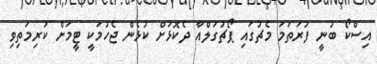
އިސްކޯ ބުނީ ފުރަތަމަ މެޗުގައި ޕޯޗުގަލްއާ ދެކޮޅަށް ކުޅެން ޖެހުމަކީ ޓީމަށް ކުރިމަތިވި